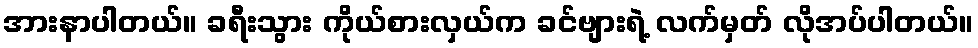
အားနာပါတယ်။ ခရီးသွား ကိုယ်စားလှယ်က ခင်ဗျားရဲ့ လက်မှတ် လိုအပ်ပါတယ်။